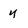
Character: y